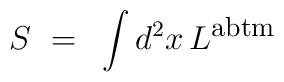
S ~=~ \int d^2 x \, L^{\mbox{\footnotesize{abtm}}}